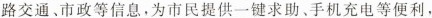
路交通、市政等信息，为市民提供一键求助、手机充电等便利，